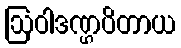
ဩဝါဒဏ္ဌပိတာယ